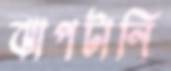
ঝাপটানি